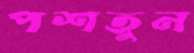
পশতুন